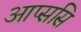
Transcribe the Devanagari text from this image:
आप्ससि